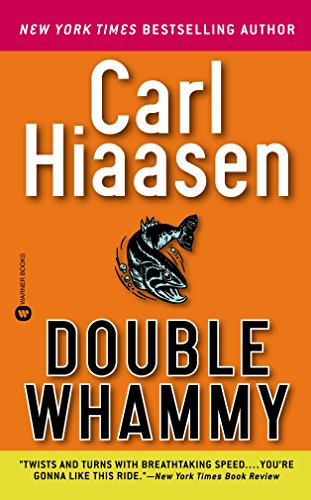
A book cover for Double Whammy; Carl Hiaasen; Mystery, Thriller & Suspense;